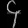
Digit: ၄